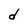
Character: d